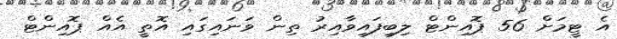
އެ ޓީމަށް 56 ޕޮއިންޓް ލިބިފައިވާއިރު ތިން ވަނައިގައި އޮތީ އެއް ޕޮއިންޓް